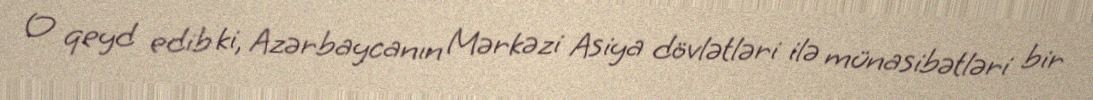
O qeyd edib ki, Azərbaycanın Mərkəzi Asiya dövlətləri ilə münasibətləri bir